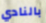
بالنادي